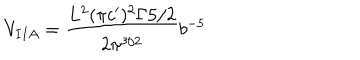
V _ { I I A } = \frac { L ^ { 2 } ( \pi c ^ { \prime } ) ^ { 2 } \Gamma { 5 / 2 } } { 2 \pi ^ { 3 / 2 } } b ^ { - 5 }